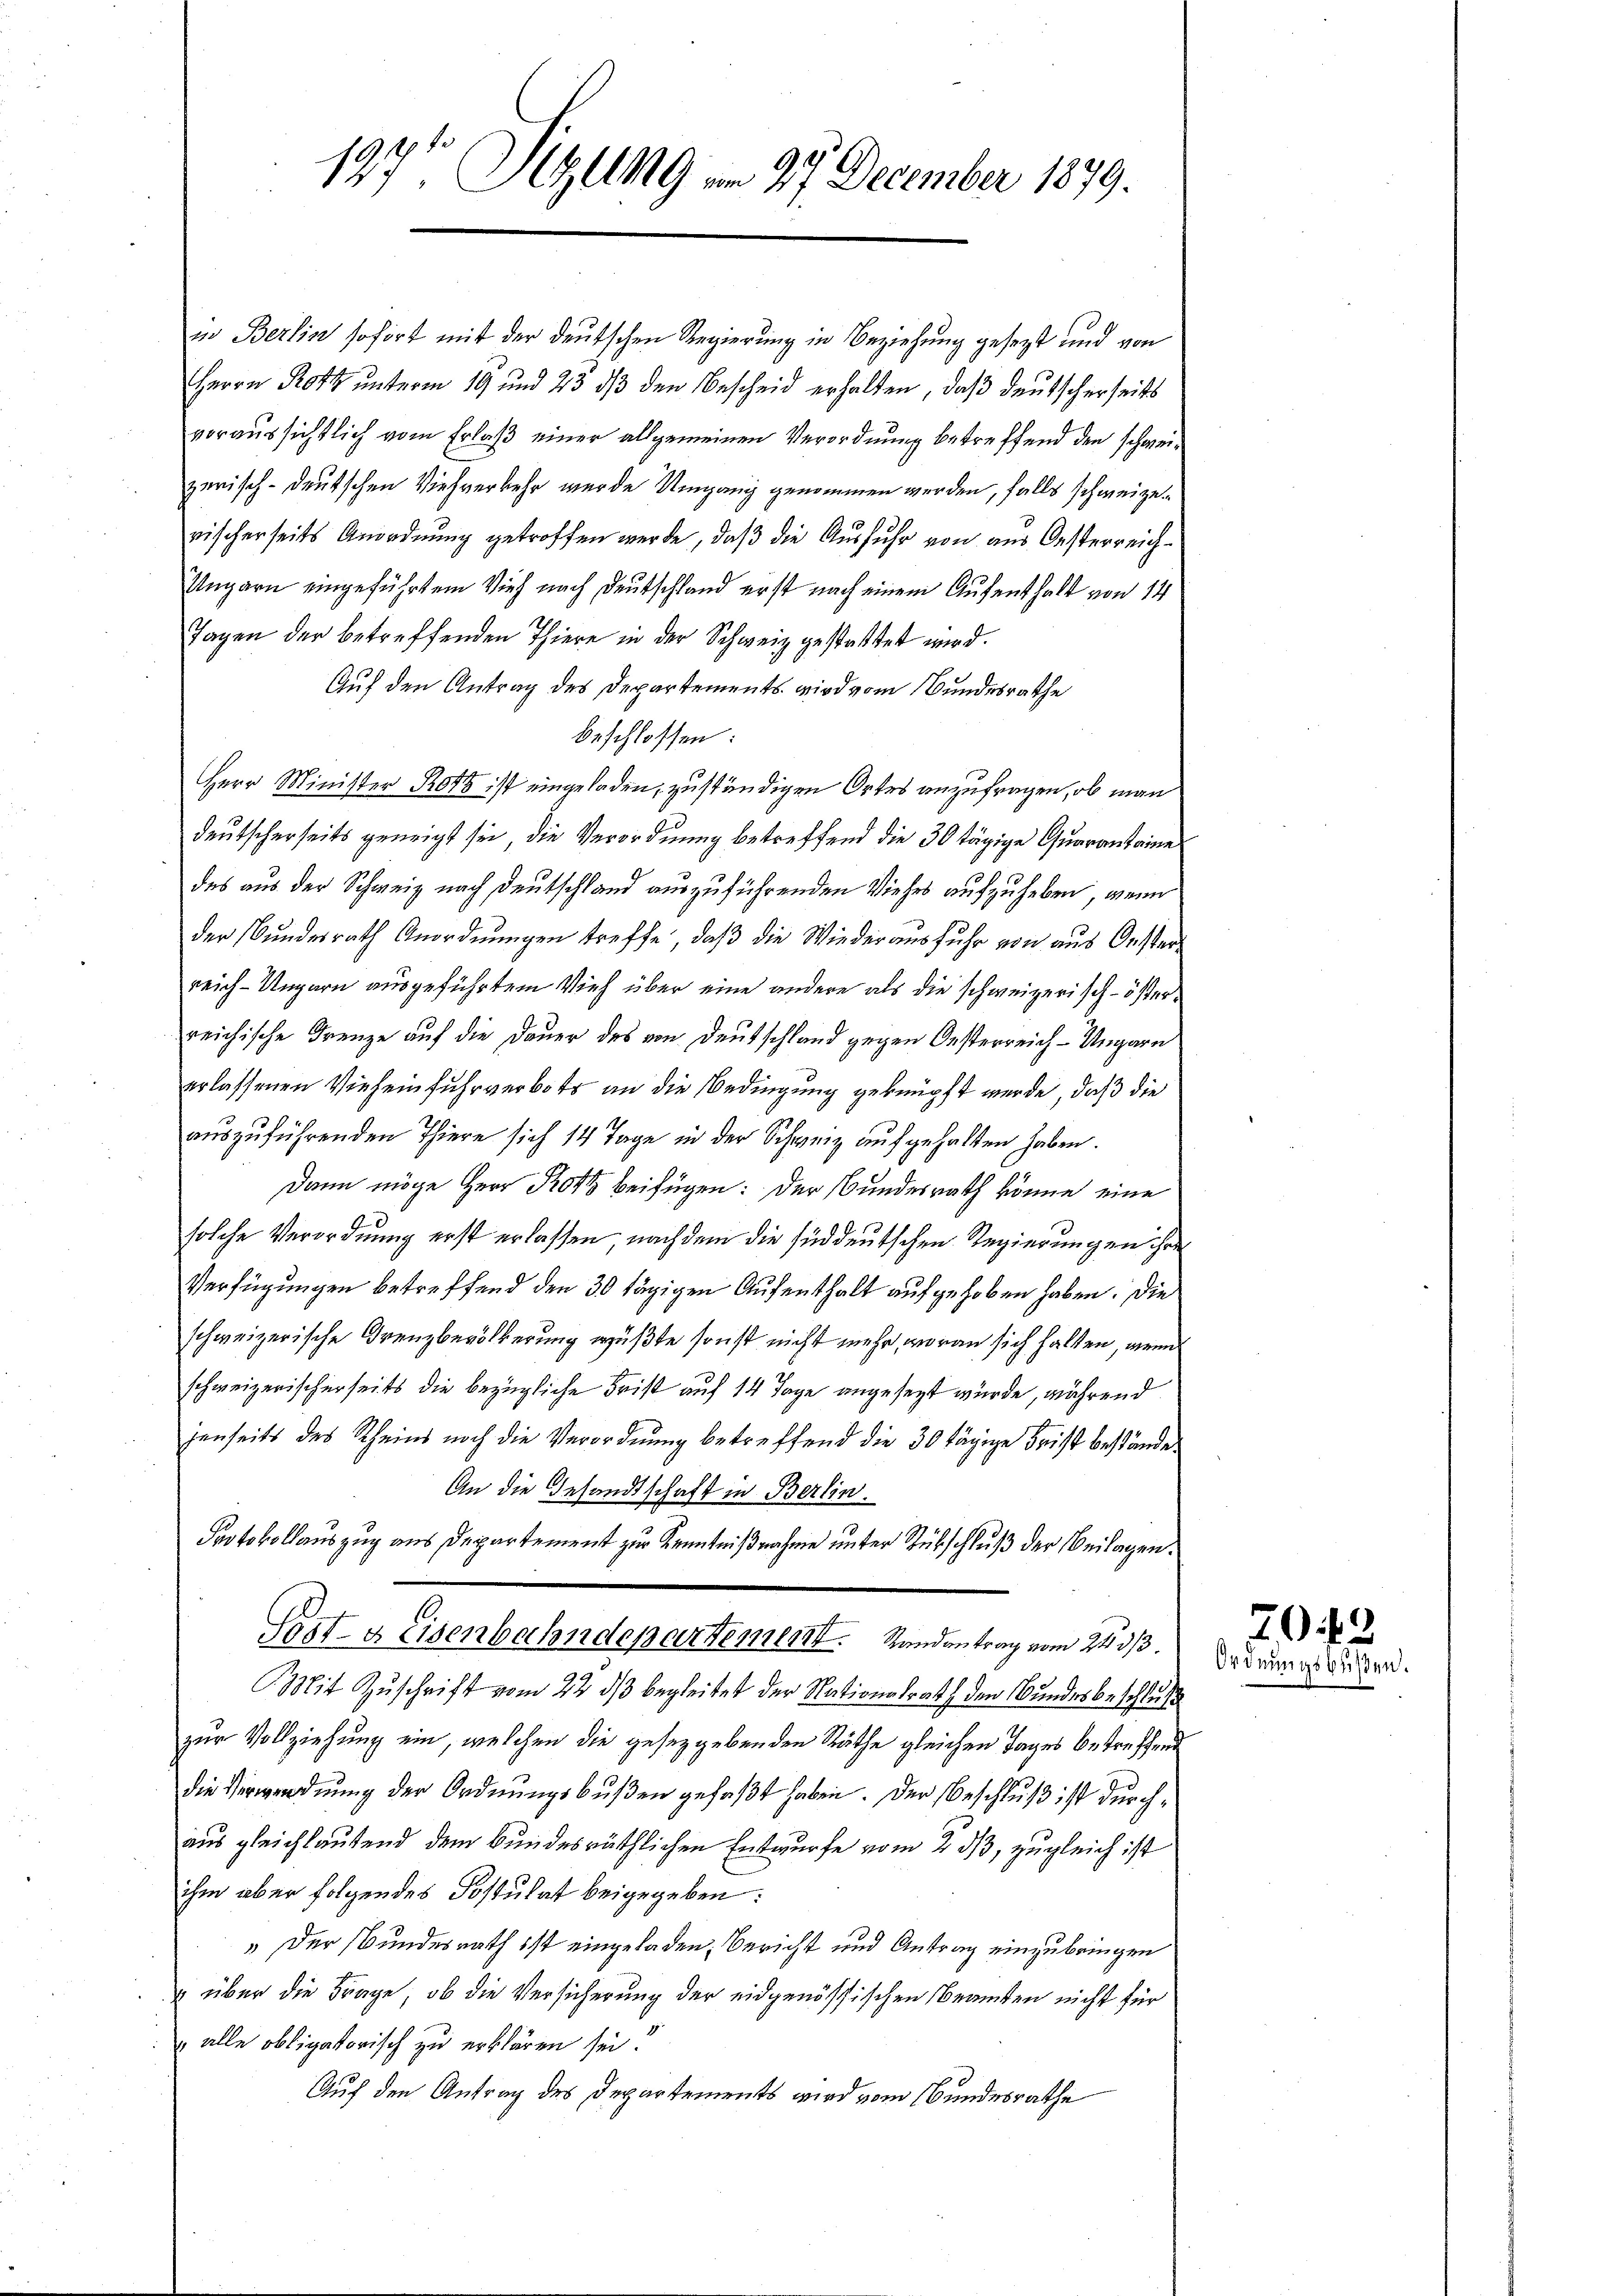
in Berlin sofort mit der deutschen Regierung in Beziehung gesezt und von
Herrn Prot unterm 19 und 23 dβ den Bescheid erhalten, daß deutscherseits
voraussichtlich vom Erlaß einer allgemeinen Verordnung betreffend den schweizerisch-deutschen Viehverkehr wurde Umgang genommen werden, falls schweizerischerseits Anordnung getroffen werde, daß die Ausfuhr von aus Oesterreich¬
Ungarn eingeführtem Vieh nach Deutschland erst nach einem Aufenthalt von 14
Tagen der betreffenden Thiere in der Schweiz gestattet wird.
Auf den Antrag des Departements wird vom Bundesrathe
beschlossen:
Herr Minister Roth ist eingeladen, zuständigen Ortes anzufragen, ob man
deutscherseits geneigt sei, die Verordnung betreffend die 30 tägige Quarantaine
des aus der Schweiz nach Deutschland auszuführenden Viehes aufzuheben, wenn
der Bundesrath Anordnungen treffe, daß die Wiederausfuhr von aus Oesterreich-Ungarn ausgeführtem Vieh über eine andere als die schweizerisch-österreichische Grenze auf die Dauer des von Deutschland gegen Oesterreich-Ungarn
erlassenen Vieheinfuhrverbots an die Bedingung geknüpft werde, daß die
auszuführenden Thiere sich 14 Tage in der Schweiz aufgehalten haben.
Dann möge Herr Roth beifügen: Der Bundesrath könne eine
solche Verordnung erst erlassen nach dem die süddeutschen Regierungen ihre
Verfügungen betreffend den 30 tägigen Aufenthalt aufgehoben haben. Die
schweizerische Grenzbevölkerung wüßte sonst nicht mehr, woran sich halten, wenn
schweizerischerseits die bezügliche Frist auf 14 Tage angesezt wurde, während
jenseits des Rheins noch die Verordnung betreffend die 30 tägige Frist bestände.
An die Gesandtschaft in Berlin.
Protokollauszug aus Departement zur Kenntnißnahme unter Subschluß der Beilagen.
Post- & Eisenbahndepartement. Handentrag vom 24 3/3.
Mit Zuschrift vom 22. ds begleitet der Nationalrath den Bundesbeschluß
zur Vollziehung ein, welchen die gesetzgebenden Räthe gleichen Tages betreffend
die Verwerdnung der Ordnungsbußen gefaßt haben. Der Beschluß ist durchaus gleichlautend dem Bundesräthlichen Entwurfe vom 2. ds, zugleich ist
ihm aber folgendes Sostulat beigegeben:
" Der Bundesrath ist eingeladen, Bericht und Antrag einzubringen
 über die Frage, ob die Versicherung der eidgenössischen Beamten nicht für
„alle obligatorisch zu erklären sei.
Auf den Antrag des Departements wird vom Bundesrathe

197t Sitzung am 27. December 1879.

702
Ordnungsbußen